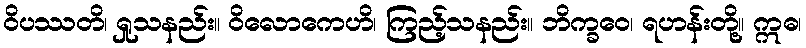
ဝိပဿတိ၊ ရှုသနည်း။ ဝိလောကေဟိ၊ ကြည့်သနည်း။ ဘိက္ခဝေ၊ ရဟန်းတို့။ ဣဓ၊